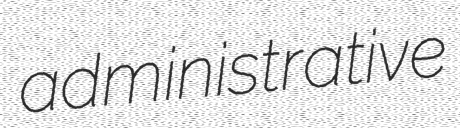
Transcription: administrative